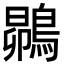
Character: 𮭅